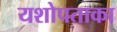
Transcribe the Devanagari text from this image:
यशोपताका